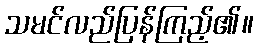
သမင်လည်ပြန်ကြည့်၏။